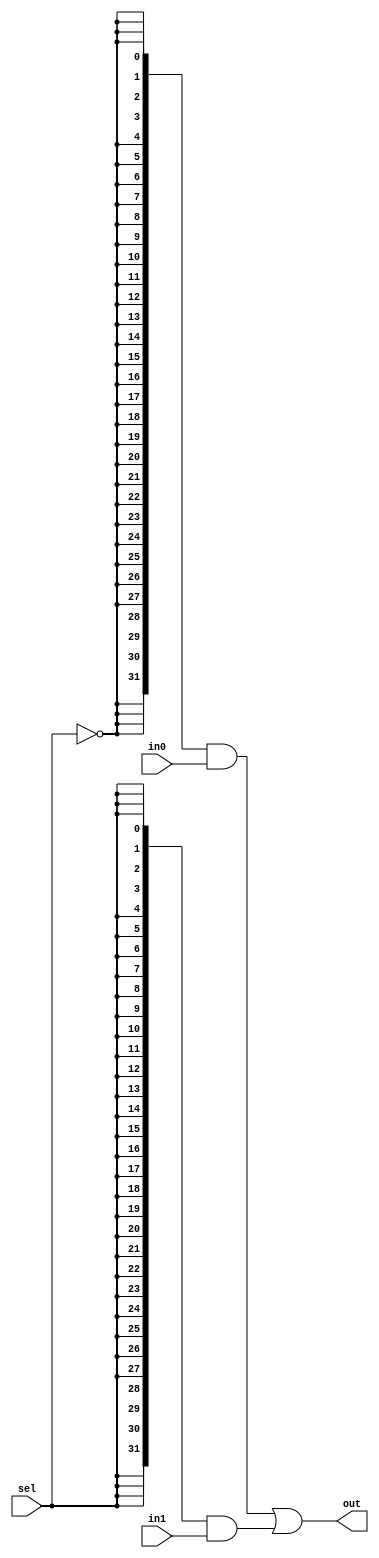
`timescale 1ns / 1ps
//////////////////////////////////////////////////////////////////////////////////
// 
// Design Name: 
// Module Name: MUX2
// 
//////////////////////////////////////////////////////////////////////////////////


module mux2
#( parameter WIDTH = 32 )
(
    input wire [WIDTH - 1 : 0] in0, in1,
    input wire [0 : 0] sel,
    output wire [WIDTH - 1 : 0] out
);

assign out = ( { WIDTH{sel == 1'd0}} & in0 )
                    |   ( { WIDTH{sel == 1'd1}} & in1 );
endmodule